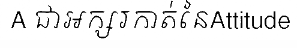
A ជាអក្សរកាត់នៃAttitude